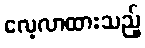
လေ့လာထားသည့်